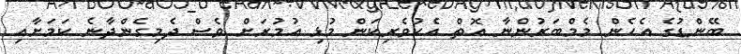
ބޭންޑުގެ އެހެން މެމްބަރުންނާ އޮތް އެކުވެރިކަން މުޅި އުމުރަށް ވެސް ދެމިގެންދާނެ ކަމަށާއި